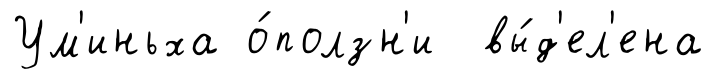
Ум'иньха о́ползн'и вы́д'ел'ена